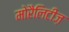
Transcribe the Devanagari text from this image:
मोरैलिटीज़